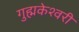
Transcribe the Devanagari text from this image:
गुह्मकेश्वरी